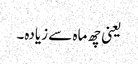
یعنی چھ ماہ سے زیادہ۔